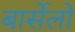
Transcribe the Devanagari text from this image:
बार्सेलो